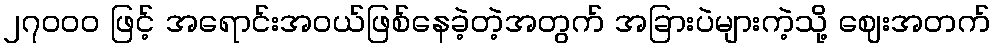
၂၇၀ဝ၀ ဖြင့် အရောင်းအဝယ်ဖြစ်နေခဲ့တဲ့အတွက် အခြားပဲများကဲ့သို့ ဈေးအတက်